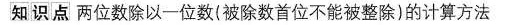
知识点两位数除以一位数(被除数首位不能被整除)的计算方法